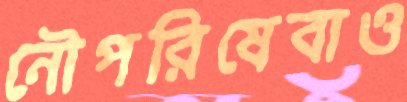
নৌপরিষেবাও